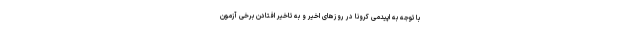
با توجه به اپیدمی کرونا در روزهای اخیر و به تاخیر افتادن برخی آزمون